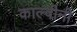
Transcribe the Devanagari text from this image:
काल्वीनी